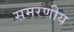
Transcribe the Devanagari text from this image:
समरणीय